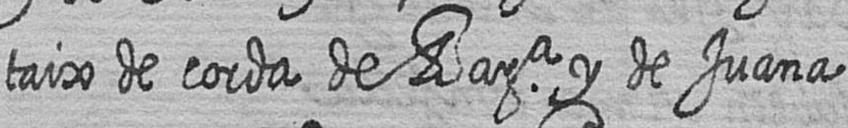
taix de corda de Bara y de Juana